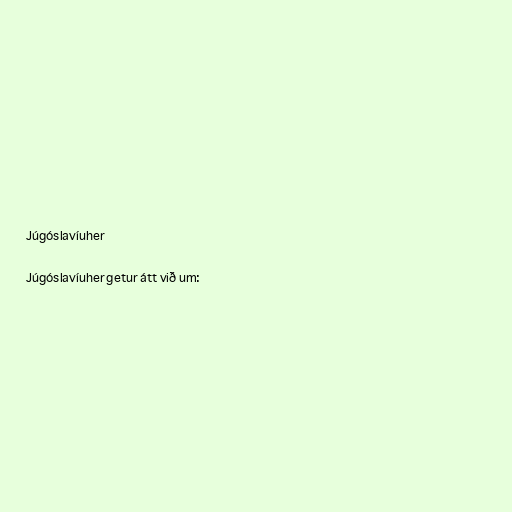
Júgóslavíuher

Júgóslavíuher getur átt við um: